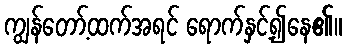
ကျွန်တော့်ထက်အရင် ရောက်နှင့်၍နေ၏။